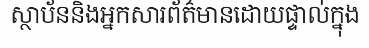
ស្ថាប័ននិងអ្នកសារព័ត៌មានដោយផ្ទាល់ក្នុង